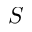
S